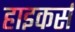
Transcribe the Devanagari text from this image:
हाइकर्स